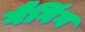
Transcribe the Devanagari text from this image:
गैगिंग